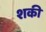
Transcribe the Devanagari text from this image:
शकी